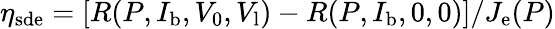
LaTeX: \eta_{\mathrm{sde}}=[R(P,I_{\mathrm{b}},V_{0},V_{\mathrm{l}})-R(P,I_{\mathrm{b}},0,0)]/J_{\mathrm{e}}(P)